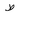
Letter: _da